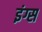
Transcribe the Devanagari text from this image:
इंग्स